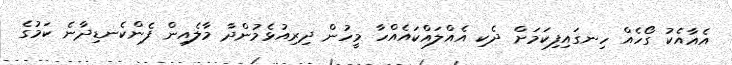
އެއާއެކު ގޯހެއް ހިނގައިފިކަމަށް ދެކި އެއްލައްކައެއްހާ މީހުން ދިރިއުޅެމުންދާ މާލެއިން ފެންކެނޑިދާނެ ކަމުގެ